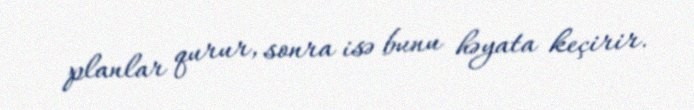
planlar qurur, sonra isə bunu həyata keçirir.